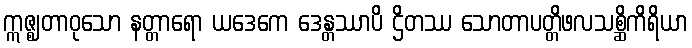
ဣဇ္ဈတာဝုသော နတ္တာရော ယဒေကေ ဒေန္တဿာပိ ဌိတဿ သောတာပတ္တိဖလသစ္ဆိကိရိယာ